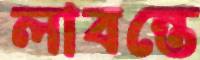
লাবন্তে